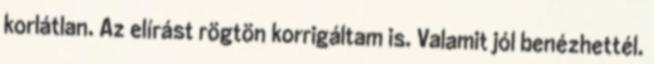
korlátlan. Az elírást rögtön korrigáltam is. Valamit jól benézhettél.